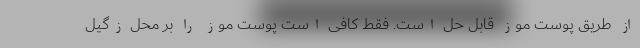
از طریق پوست موز قابل حل است. فقط کافی است پوست موز را بر محل زگیل